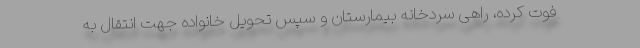
فوت کرده، راهی سردخانه بیمارستان و سپس تحویل خانواده جهت انتقال به